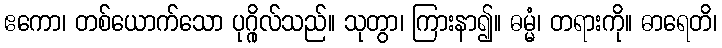
ဧကော၊ တစ်ယောက်သော ပုဂ္ဂိုလ်သည်။ သုတွာ၊ ကြားနာ၍။ ဓမ္မံ၊ တရားကို။ ဓာရေတိ၊